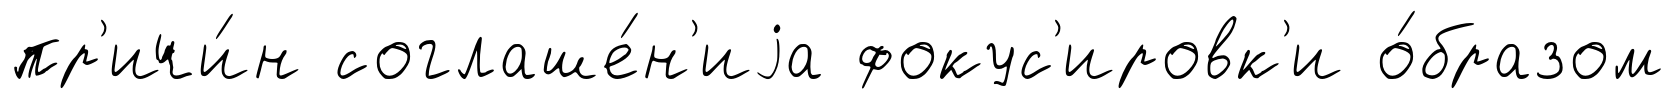
пр'ичи́н соглаше́н'иjа фокус'ировк'и о́бразом